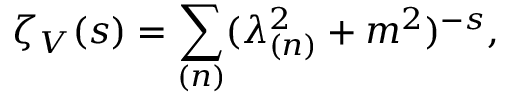
\zeta _ { V } ( s ) = \sum _ { ( n ) } ( \lambda _ { ( n ) } ^ { 2 } + m ^ { 2 } ) ^ { - s } ,